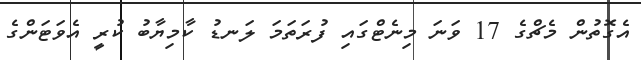
އެގޮތުން މެޗްގެ 17 ވަނަ މިނެޓްގައި ފުރަތަމަ ލަނޑު ކާމިޔާބު ކުރީ އެވަޓަންގެ